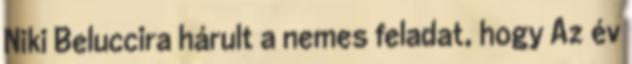
Niki Beluccira hárult a nemes feladat, hogy Az év